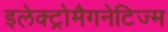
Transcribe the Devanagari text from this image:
इलेक्ट्रोमैगनेटिज्म